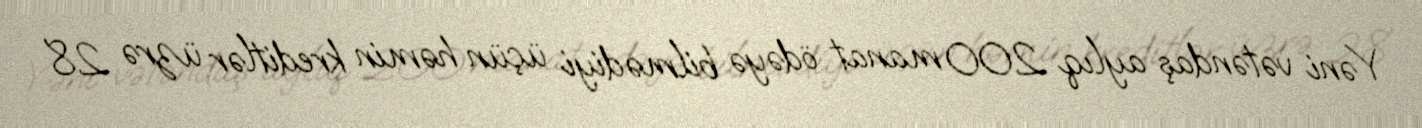
Yəni vətəndaş aylıq 200 manat ödəyə bilmədiyi üçün həmin kreditlər üzrə 28